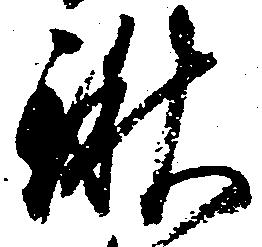
鍬